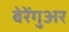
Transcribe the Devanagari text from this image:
बेरेंगुअर